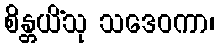
စိန္တယိံသု သဒေဝကာ၊